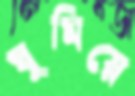
ঘুমিয়ে